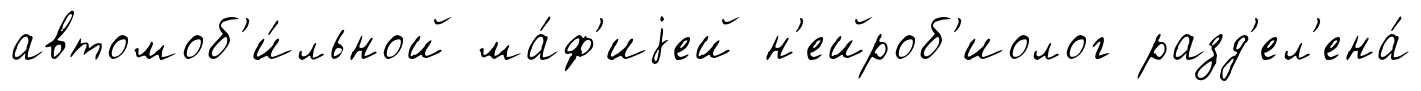
автомоб'и́льной ма́ф'иjей н'ейроб'иолог разд'ел'ена́